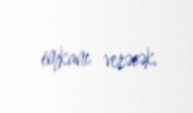
imkanı verəcək.